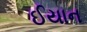
ઈયાન